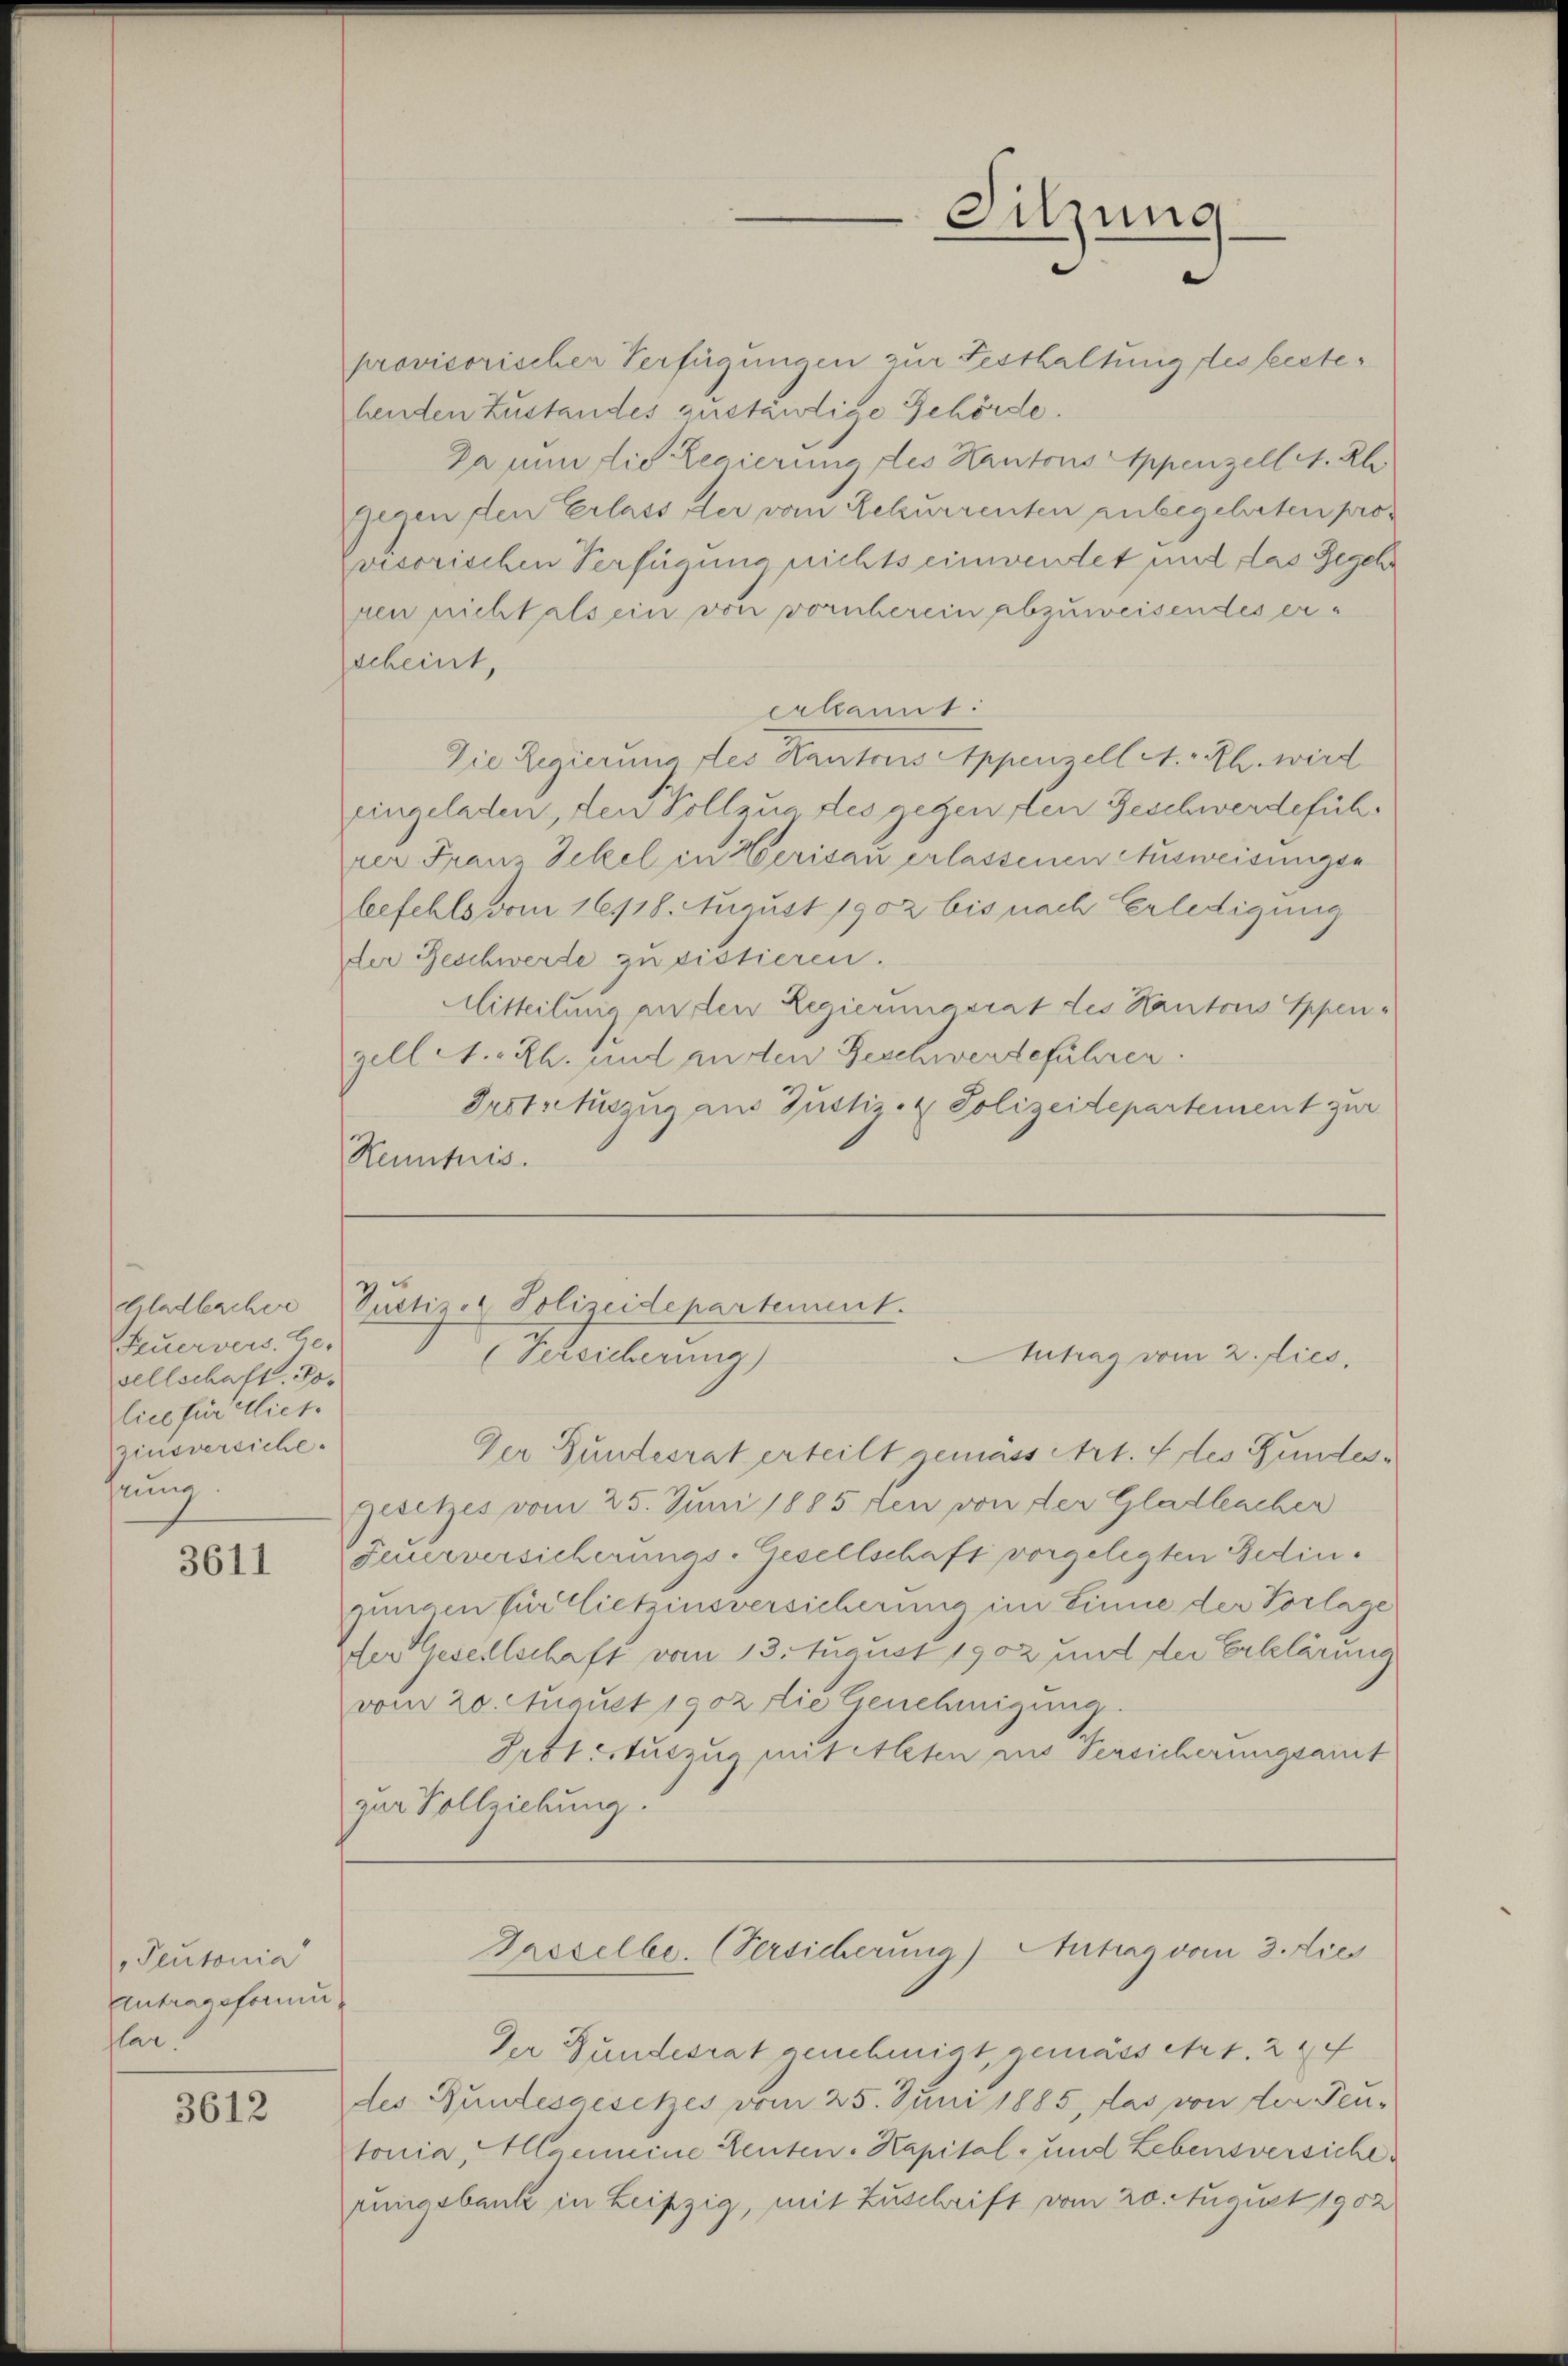
Feuervers. Ge-
sellschaft. Jolice für dies
Zinsversiche
rung

3611

Peutonia
Eintragsformu
lar.

3612

provisorischer Verfügungen zur Festhaltung des festehenden Zustandes zuständige Gehörde.
Da nun die Regierung des Kantons Appenzell A. Rh
gegen den Erlass der vom Rekurrenten anbegehrten provisorischen Verfügung nichts einwendet und das Begehr
ren nicht als ein von vornherein abzuweisendes erscheint,
erkannt:
Die Regierung des Kantons Appenzell A.-Rh. wird
eingeladen, den Vollzug des gegen den Geschwerdeführer Frau Sekel in Herisau erlassenen Ausweisungsa
befehls vom 16.118. August 1902 bis nach Erledigung
der Beschwerde zu sistieren.
Mitteilung an den Regierungsrat des Kantons Appengell A.-Rh. und anden Geschwerdeführen.
Grotschuszug aus Justiz- & Polizeidepartement zur
Kenntnis.

Sitzung

Gladbacher Pustiz & Polizeidepartement.
Schsicherung)
Antrag vom 2. dies

Der Bundesrat erteilt gemäss Art. 4 des Fundes¬
Gesetzes vom 25. Juni 1885 den von der Gladbacher
Feuerversicherungs-Gesellschaft vorgelegten Bedinjungen für Lietzinsversicherung im Sinne der Vorlage
der Gesellschaft vom 13. August 1902 und der Erklärung
vom 20. August 1902 die Genehmigung
Prötistuszug mit Alten ins Versicherungsamt
zur Vollziehung.

Der Bundesrat genehmigt, gemäss er 1. 244
des Bundesgesetzes vom 25. Juni 1885, das von der Feu-
tonia, Haemeine Leuten: Kapital- und Lebensversiche
rungsbank in Leipzig, mit Zuschrift vom 20. August 1902

Greselbe. (Versicherung) Antrag vom 3. Dies